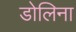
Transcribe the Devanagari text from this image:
डोलिना